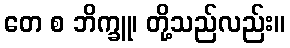
တေ စ ဘိက္ခူ၊ တို့သည်လည်း။